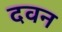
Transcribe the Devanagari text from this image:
दवन